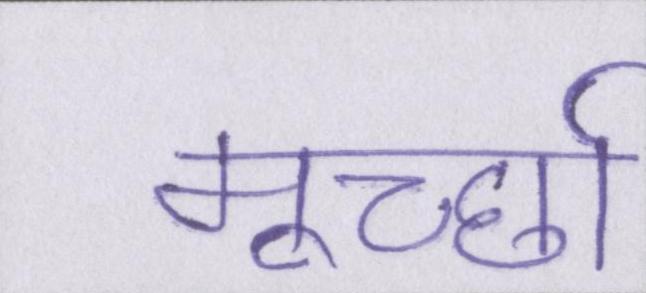
मूर्च्छा